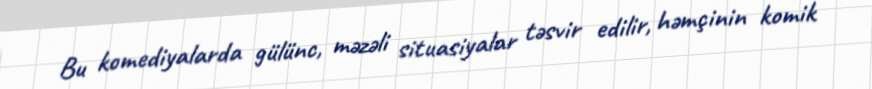
Bu komediyalarda gülünc, məzəli situasiyalar təsvir edilir, həmçinin komik